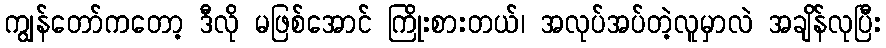
ကျွန်တော်ကတော့ ဒီလို မဖြစ်အောင် ကြိုးစားတယ်၊ အလုပ်အပ်တဲ့လူမှာလဲ အချိန်လုပြီး